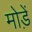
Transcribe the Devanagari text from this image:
मोडे़ं